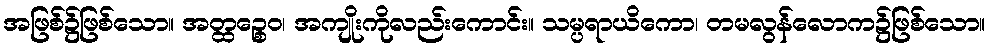
အဖြစ်၌ဖြစ်သော။ အတ္ထဉ္စေဝ၊ အကျိုးကိုလည်းကောင်း။ သမ္ပရာယိကော၊ တမလွန်လောက၌ဖြစ်သော။